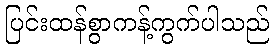
ပြင်းထန်စွာကန့်ကွက်ပါသည်